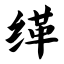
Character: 缂